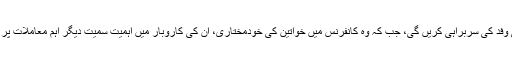
ایوانکا ٹرمپ امریکی وفد کی سربراہی کریں گی، جب کہ وہ کانفرنس میں خواتین کی خودمختاری، ان کی کاروبار میں اہمیت سمیت دیگر اہم معاملات پر گفتگو بھی کریں گی۔